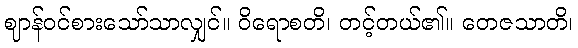
ဈာန်ဝင်စားသော်သာလျှင်။ ဝိရောစတိ၊ တင့်တယ်၏။ တေဇသာတိ၊